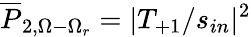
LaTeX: \overline{{P}}_{2,\Omega-\Omega_{r}}=|T_{+1}/s_{in}|^{2}